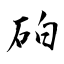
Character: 砶